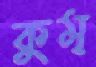
কুম্